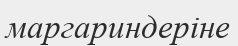
маргариндеріне